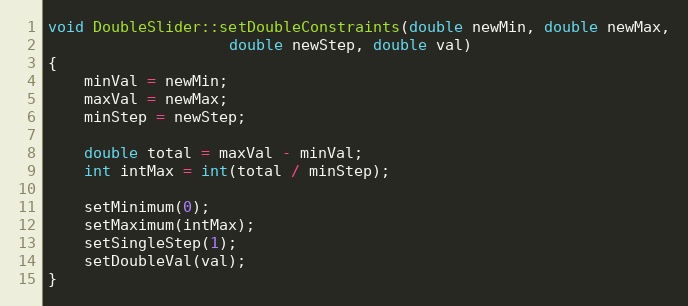
Language: C++
void DoubleSlider::setDoubleConstraints(double newMin, double newMax,
					double newStep, double val)
{
	minVal = newMin;
	maxVal = newMax;
	minStep = newStep;

	double total = maxVal - minVal;
	int intMax = int(total / minStep);

	setMinimum(0);
	setMaximum(intMax);
	setSingleStep(1);
	setDoubleVal(val);
}